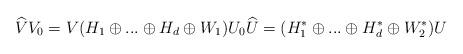
LaTeX: \begin{align*}\widehat{V}V_0 = V (H_1 \oplus ... \oplus H_d \oplus W_1) U_0\widehat{U} = (H_1^* \oplus ... \oplus H_d^* \oplus W_2^*)U\end{align*}